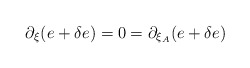
\begin{align*} \partial_{\xi} (e + \delta e ) = 0 = \partial_{\xi_A} ( e + \delta e )\end{align*}